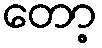
တော့